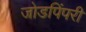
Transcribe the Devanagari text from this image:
जोडपिंपरी